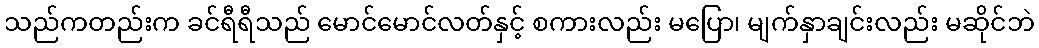
သည်ကတည်းက ခင်ရီရီသည် မောင်မောင်လတ်နှင့် စကားလည်း မပြော၊ မျက်နှာချင်းလည်း မဆိုင်ဘဲ